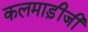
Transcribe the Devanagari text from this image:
कलमाड़ीजी